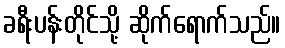
ခရီးပန်းတိုင်သို့ ဆိုက်ရောက်သည်။